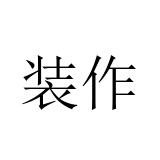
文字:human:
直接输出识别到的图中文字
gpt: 装作